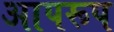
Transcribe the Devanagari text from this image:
आपरूप